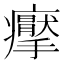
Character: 𱱭